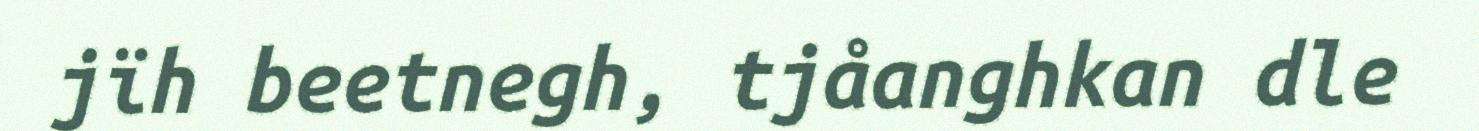
jïh beetnegh, tjåanghkan dle